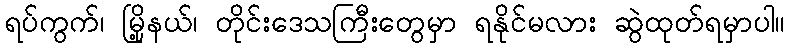
ရပ်ကွက်၊ မြို့နယ်၊ တိုင်းဒေသကြီးတွေမှာ ရနိုင်မလား ဆွဲထုတ်ရမှာပါ။